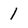
Character: 1